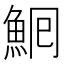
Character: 𩶠